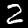
Digit: 2